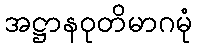
အဋ္ဌာနဝုတိမာဂမုံ